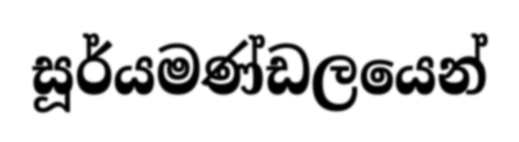
සූර්යමණ්ඩලයෙන්